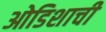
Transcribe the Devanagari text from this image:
ओडिशाची